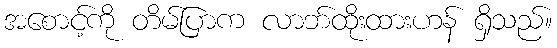
အစောင့်ကို တိမ်ပြာက လာဘ်ထိုးထားဟန် ရှိသည်။